Report on vaccination in Madras 1895-1903 - 1895-1903
Year: 1895
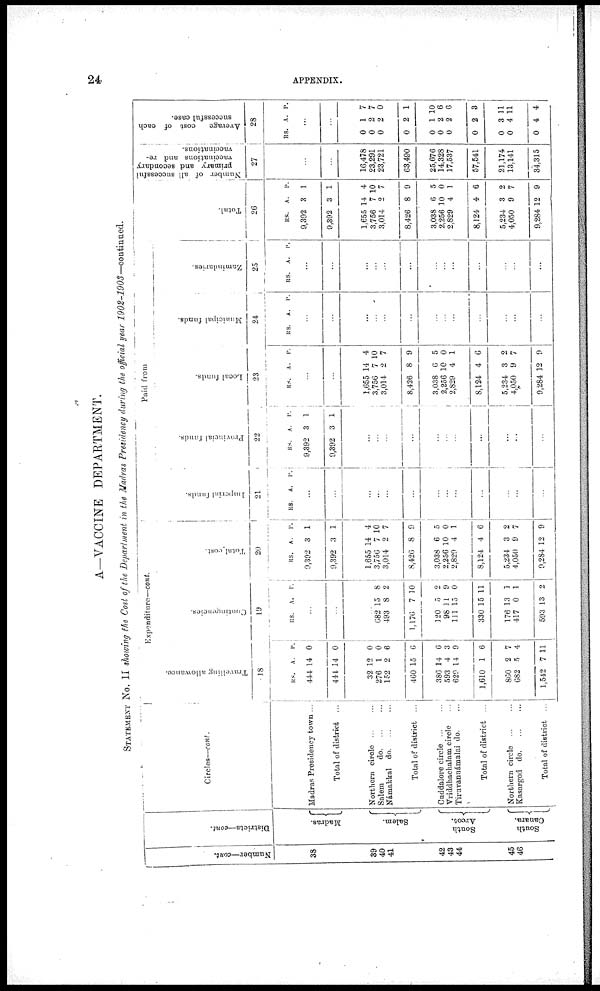
24
APPENDIX.
A—VACCINE DEPARTMENT.
STATEMENT No. II showing the Cost of the Department in the Madras Presidency during the official year 1902-1903—continued.
Number—cont.
38
39
40
41
42
43
44
45
46
Districts—cont.
Madras.
Salem.
South
Arcot.
South
Canara.
Circles—cont.
Madras Presidency town ...
Total of district ...
Northern circle
...
...
Salem
d
o
. ... ...
Námakkal
do. ... ...
Total of district ...
Cuddalore circle
...
...
Vriddhachalam circle ...
Tiruvannámalai do. ...
Total of district ...
Northern circle
...
...
Kasargod d
o
. ... ...
Total of district ...
Expenditure—cont.
Travelling allowance.
18
RS.
444
441
32
276
152
460
386
593
629
1,610
860
682
1,542
A.
14
14
12
1
2
15
14
4
14
1
2
5
7
P.
0
0
0
0
6
6
6
3
9
6
7
4
11
Contingencies.
19
RS. A. P.
...
...
...
682
493
1,176
120
98
111
330
176
417
593
15
8
7
5
11
15
15
13
0
13
8
2
10
9
9
0
11
1
1
2
Total cost.
20
RS.
9,392
9,392
1,655
3,756
3,014
8,426
3,038
2,256
2,829
8,124
5,234
4,050
9,284
A.
3
3
14
7
2
8
6
10
4
4
3
9
12
P.
1
1
4
10
7
9
5
0
1
6
2
7
9
Paid from
Imperial funds.
21
RS. A. P.
...
...
...
...
...
...
...
...
...
...
...
...
...
Provincial funds.
22
RS.
9,392
9,392
A.
3
3
P.
1
1
...
...
...
...
...
...
...
...
...
...
...
Local funds.
23
RS. A. P.
...
...
1,655
3,756
3,014
8,426
3,038
2,256
2,829
8,124
5,234
4,050
9,284
14
7
2
8
6
10
4
4
3
9
12
4
10
7
9
5
0
1
6
2
7
9
Municipal funds.
24
RS. A. P.
...
...
...
...
...
...
...
...
...
...
...
...
...
Zamindaries.
25
RS. A. P.
...
...
...
...
...
...
...
...
...
...
...
...
...
Total.
26
RS.
9,392
9,392
1,655
3,756
3,014
8,426
3,038
2,256
2,829
8,124
5,234
4,050
9,284
A.
3
3
14
7
2
8
6
10
4
4
3
9
12
P.
1
1
4
10
7
9
5
0
1
6
2
7
9
Number of all successful
primary and secondary
vaccinations and re-
vaccinations.
27
...
...
16,478
23,291
23,721
63,490
25,676
14,328
17,537
57,541
21,174
13,141
34,315
Average
cost of each
successful case.
28
RS. A. P.
...
...
0
0
0
0
0
0
0
0
0
0
0
1
2
2
2
1
2
2
2
3
4
4
7
7
0
1
10
6
6
3
11
11
4